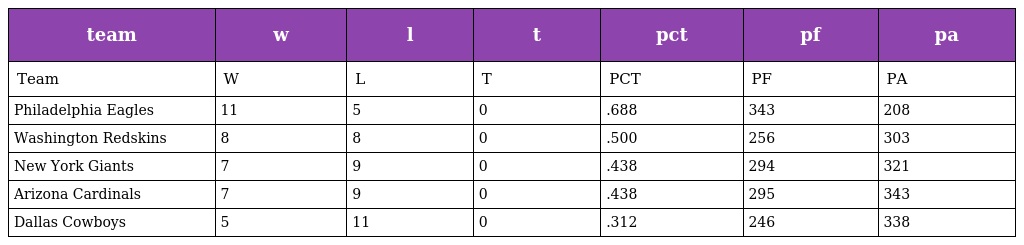
| team | w | l | t | pct | pf | pa |
 | --- | --- | --- | --- | --- | --- | --- |
 | Team | W | L | T | PCT | PF | PA |
 | Philadelphia Eagles | 11 | 5 | 0 | .688 | 343 | 208 |
 | Washington Redskins | 8 | 8 | 0 | .500 | 256 | 303 |
 | New York Giants | 7 | 9 | 0 | .438 | 294 | 321 |
 | Arizona Cardinals | 7 | 9 | 0 | .438 | 295 | 343 |
 | Dallas Cowboys | 5 | 11 | 0 | .312 | 246 | 338 |